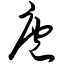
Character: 庖